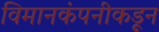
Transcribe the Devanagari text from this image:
विमानकंपनीकडून